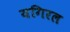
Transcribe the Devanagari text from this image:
यगिरल